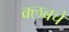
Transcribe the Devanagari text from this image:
क्‍लबचे